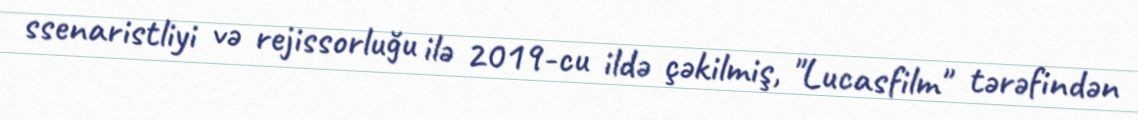
ssenaristliyi və rejissorluğu ilə 2019-cu ildə çəkilmiş, "Lucasfilm" tərəfindən